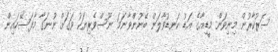
ސަރުކާރުން މިނިވަން މީޑިއާގެ އަޑު ކަނޑުވާލަން ބޭނުންވާނަމަ ނޫސްވެރިޔަކު ވަގަށް ނުނަގާ މާފަސޭހައިން